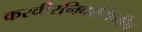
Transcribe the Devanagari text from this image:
करवीरनिवासिनीच